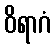
ဝိရာဂံ